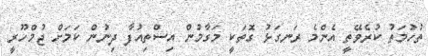
ތުހުމަތު ކުރެވޭތީ އެންމެ ރަނގަޅު ގޮތަކީ މަގާމުން އިސްތިއުފާ ދިނުން ކަމަށް ޖުމްހޫރީ